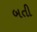
બતી